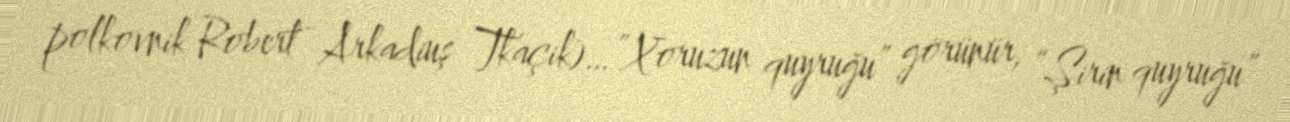
polkovnik Robert Arkadiuş Tkaçik)…”Xoruzun quyruğu” görünür, “Şirin quyruğu”